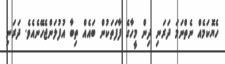
ހެޔޮކަމެއް ނެތްނަމަ ދަރަނި ދިން މީހާގެ ފާފަތަކުން ބައެއް ތިބާ އުފުލަންޖެހޭނެއެވެ. ދަރަނި